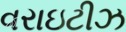
વરાઇટીઝ